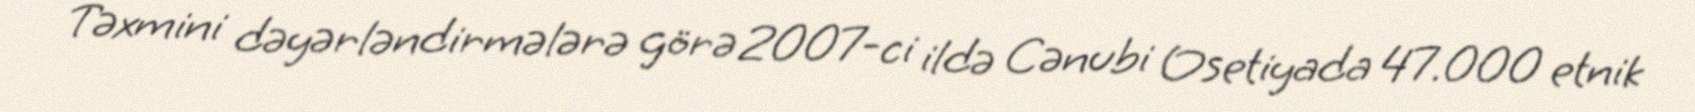
Təxmini dəyərləndirmələrə görə 2007-ci ildə Cənubi Osetiyada 47.000 etnik